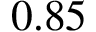
0 . 8 5